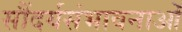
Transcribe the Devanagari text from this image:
सौंदर्यसंभावनाओं